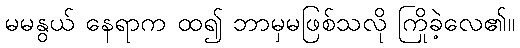
မမနွယ် နေရာက ထ၍ ဘာမှမဖြစ်သလို ကြိုခဲ့လေ၏။